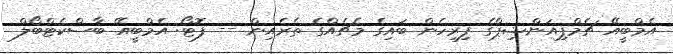
އެމްބީއޭ ޗެމްޕިއަންޝިޕްގެ ފިރިހެން ބައިގެ މެޗެއްގެ ތެރެއިން -- ފޮޓޯ: އެމްބީއޭ ބާސްކެޓްބޯލް